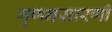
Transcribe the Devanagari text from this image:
गुणनसारणी